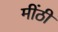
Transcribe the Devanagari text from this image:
मींठी